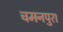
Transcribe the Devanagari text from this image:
चमनपुरा